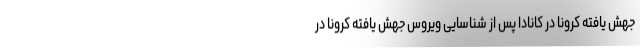
جهش یافته کرونا در کانادا پس از شناسایی ویروس جهش یافته کرونا در